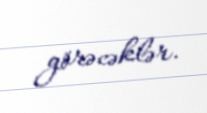
görəcəklər.